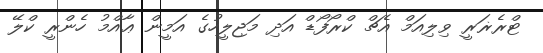
ޓްރެޜަރީ ވިލިއަމް އެޗް ކްރޯފޯޑް އަދި މަޖިލީހުގެ އަމީން ޢާއްމު ހެންރީ ކްލޭ